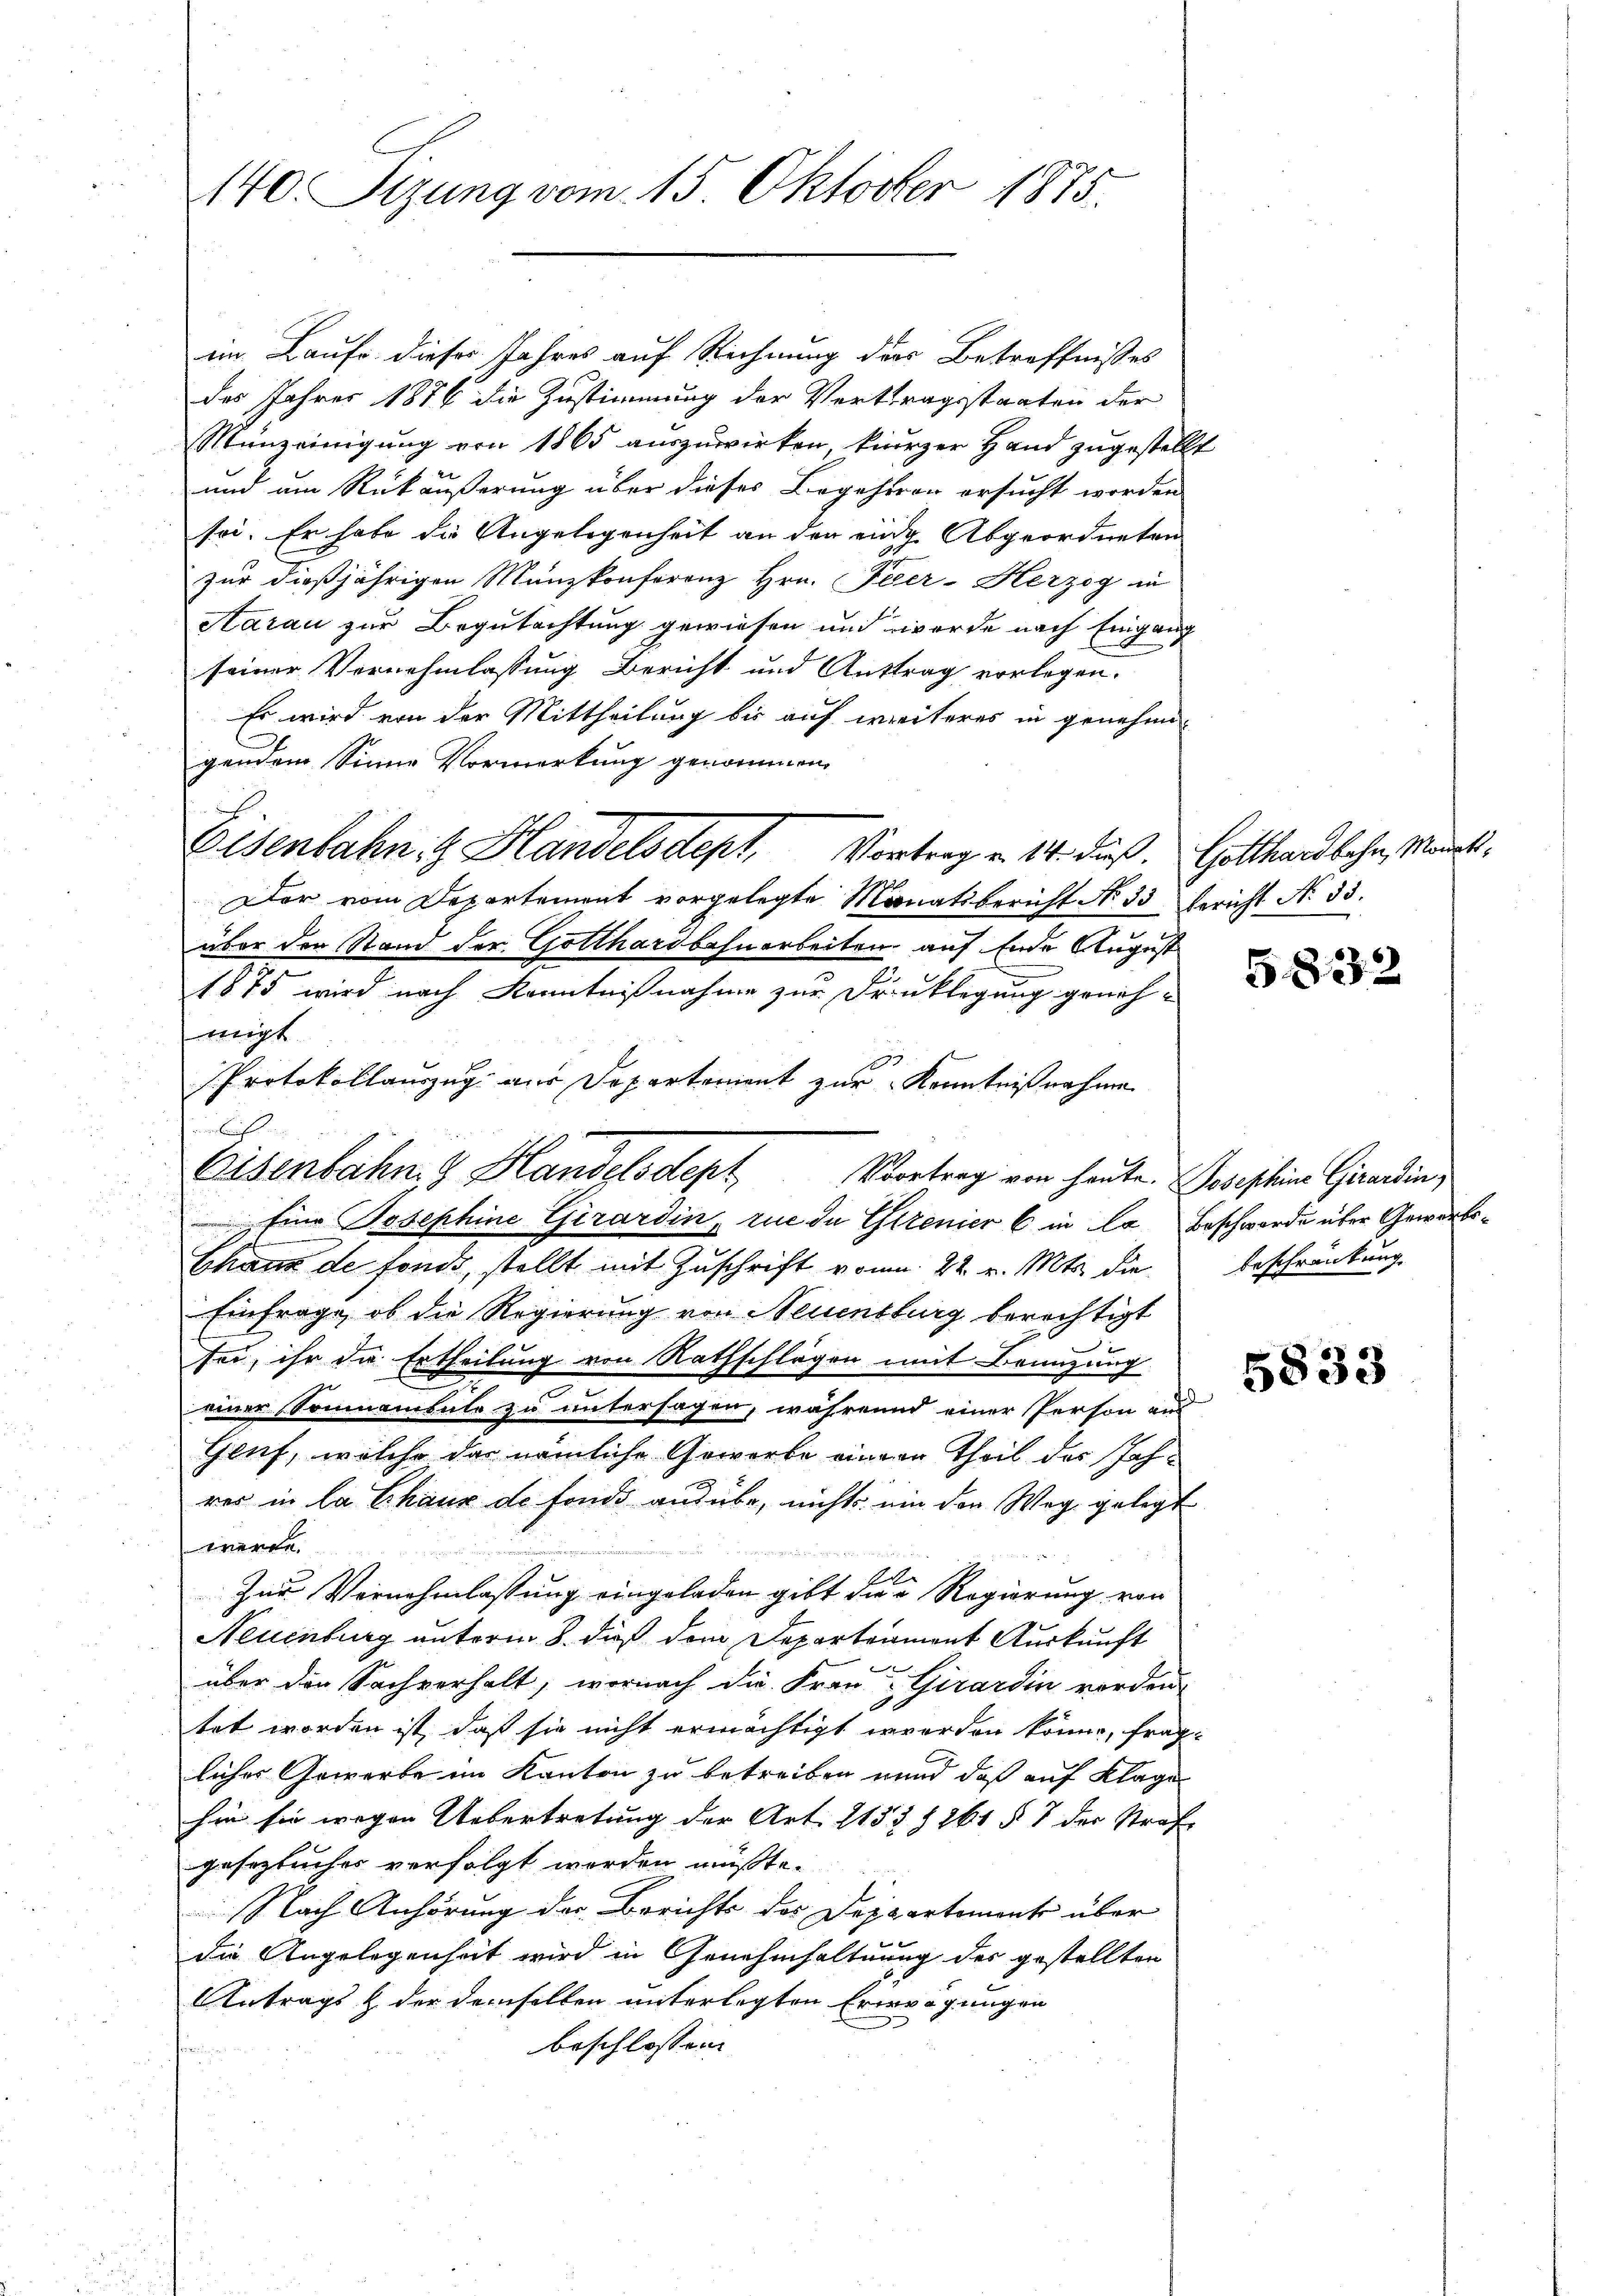
140. Sizung vom 15. Oktober 1875.

im Laufe dieses Jahres auf Rechnung der Betreffnisses
des Jahres 1876 die Zustimmung der Vertragsstaaten der
Manzeinigung von 1865 auszuwirken kurzer Hand zugestellt
und um Rückäußerung über dieses Begehren ersucht worden
sei. Er habe die Angelegenheit an den einge Abgeordneten
zur dießjährigen Münzkonferenz Hrn. Peer-Herzog in
Aarau zur Begutachtung gewiesen und werde nach Eingang
seiner Vornehmlassung Bericht und Anttrag vorlegen.
Es wird von der Mittheilung bis auf weiteres in genehmigendem Sinne Vormerkung genommen,
Eisenbahn. Handelsdept, Vortrag v. 14. Fuß. Gotthardbahn, Manes.
Der vom Departement vorgelegte Monatsbericht No 33 Gericht No 33.
über den Stand der Gotthardbahnarbeiten auf Ende August
1875 wird nach Kenntnißnahme zur Druklegung genehmigt.
Protokollauszug aus Departement zur Kenntnißnahme
Eisenbahn & Handelsdept Vortrag von heute Josischein Girardin
Eine Josephine Girardin, rue de Genier C in la Beschwerde über Gewerbs¬
Chaus de fonds, stellt mit Zuschrift vom 22. v. Mts. die Beschränkung
Einfrage, ob die Regierung von Neuenburg berechtigt
sei, ihr die Ertheilung von Rathschlägen mit Branzung
einer Sonnamtete zu untersagen, während einer Person und
Genf, welche das nämliche Gewerbe einem Theil des Jahrer in la Chaux de fonds ausübe, nichts ein den Weg gelegt
werde.
S
Zur Vernehmlassung eingeladen gibt die Regierung von
Neuenburg unterm 8. dieß dem Departament Auskunft
über die Sachverhalt, wornach die Frau Girardin werden
tet worden ist, daß sie nicht ermächtigt werden könne, fraglicher Gewerbe im Kanton zu betreiben unnd daß auf Klage
hin sie wegen Uebertretung der Art. 2153 § 261 § 7 der Strafe
gesezbuches verfolgt werden müßte.
Nach Anhörung der Berichts des Departement über
die Angelegenheit wird in Genehmhaltung des gestellten
Antrags & der demselben unterlegten Erwägungen
beschlossen |

unlich

5832

5833